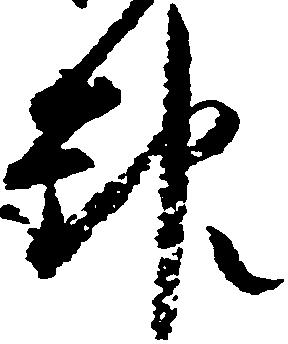
報